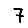
Digit: 7